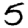
Digit: 5